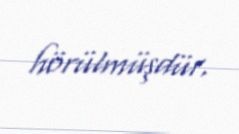
hörülmüşdür.